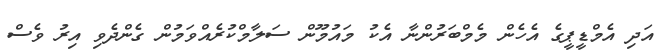
އަދި އެމްޑީޕީގެ އެހެން މެމްބަރުންނާ އެކު މައުމޫން ސަލާމްކުރެއްވަމުން ގެންދެވި އިރު ވެސް